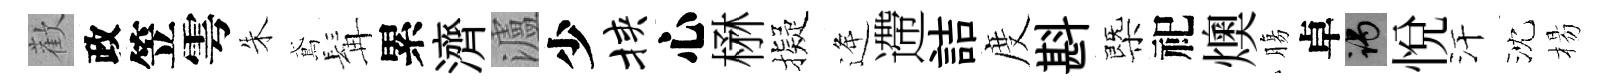
歡政笠雩朱鳶髯累濟瀘少挟心楙擬逄遰詰度斟㮣祀燠膓卓谒悦汗沈楊